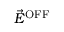
\vec { E } ^ { \mathrm { { O F F } } }